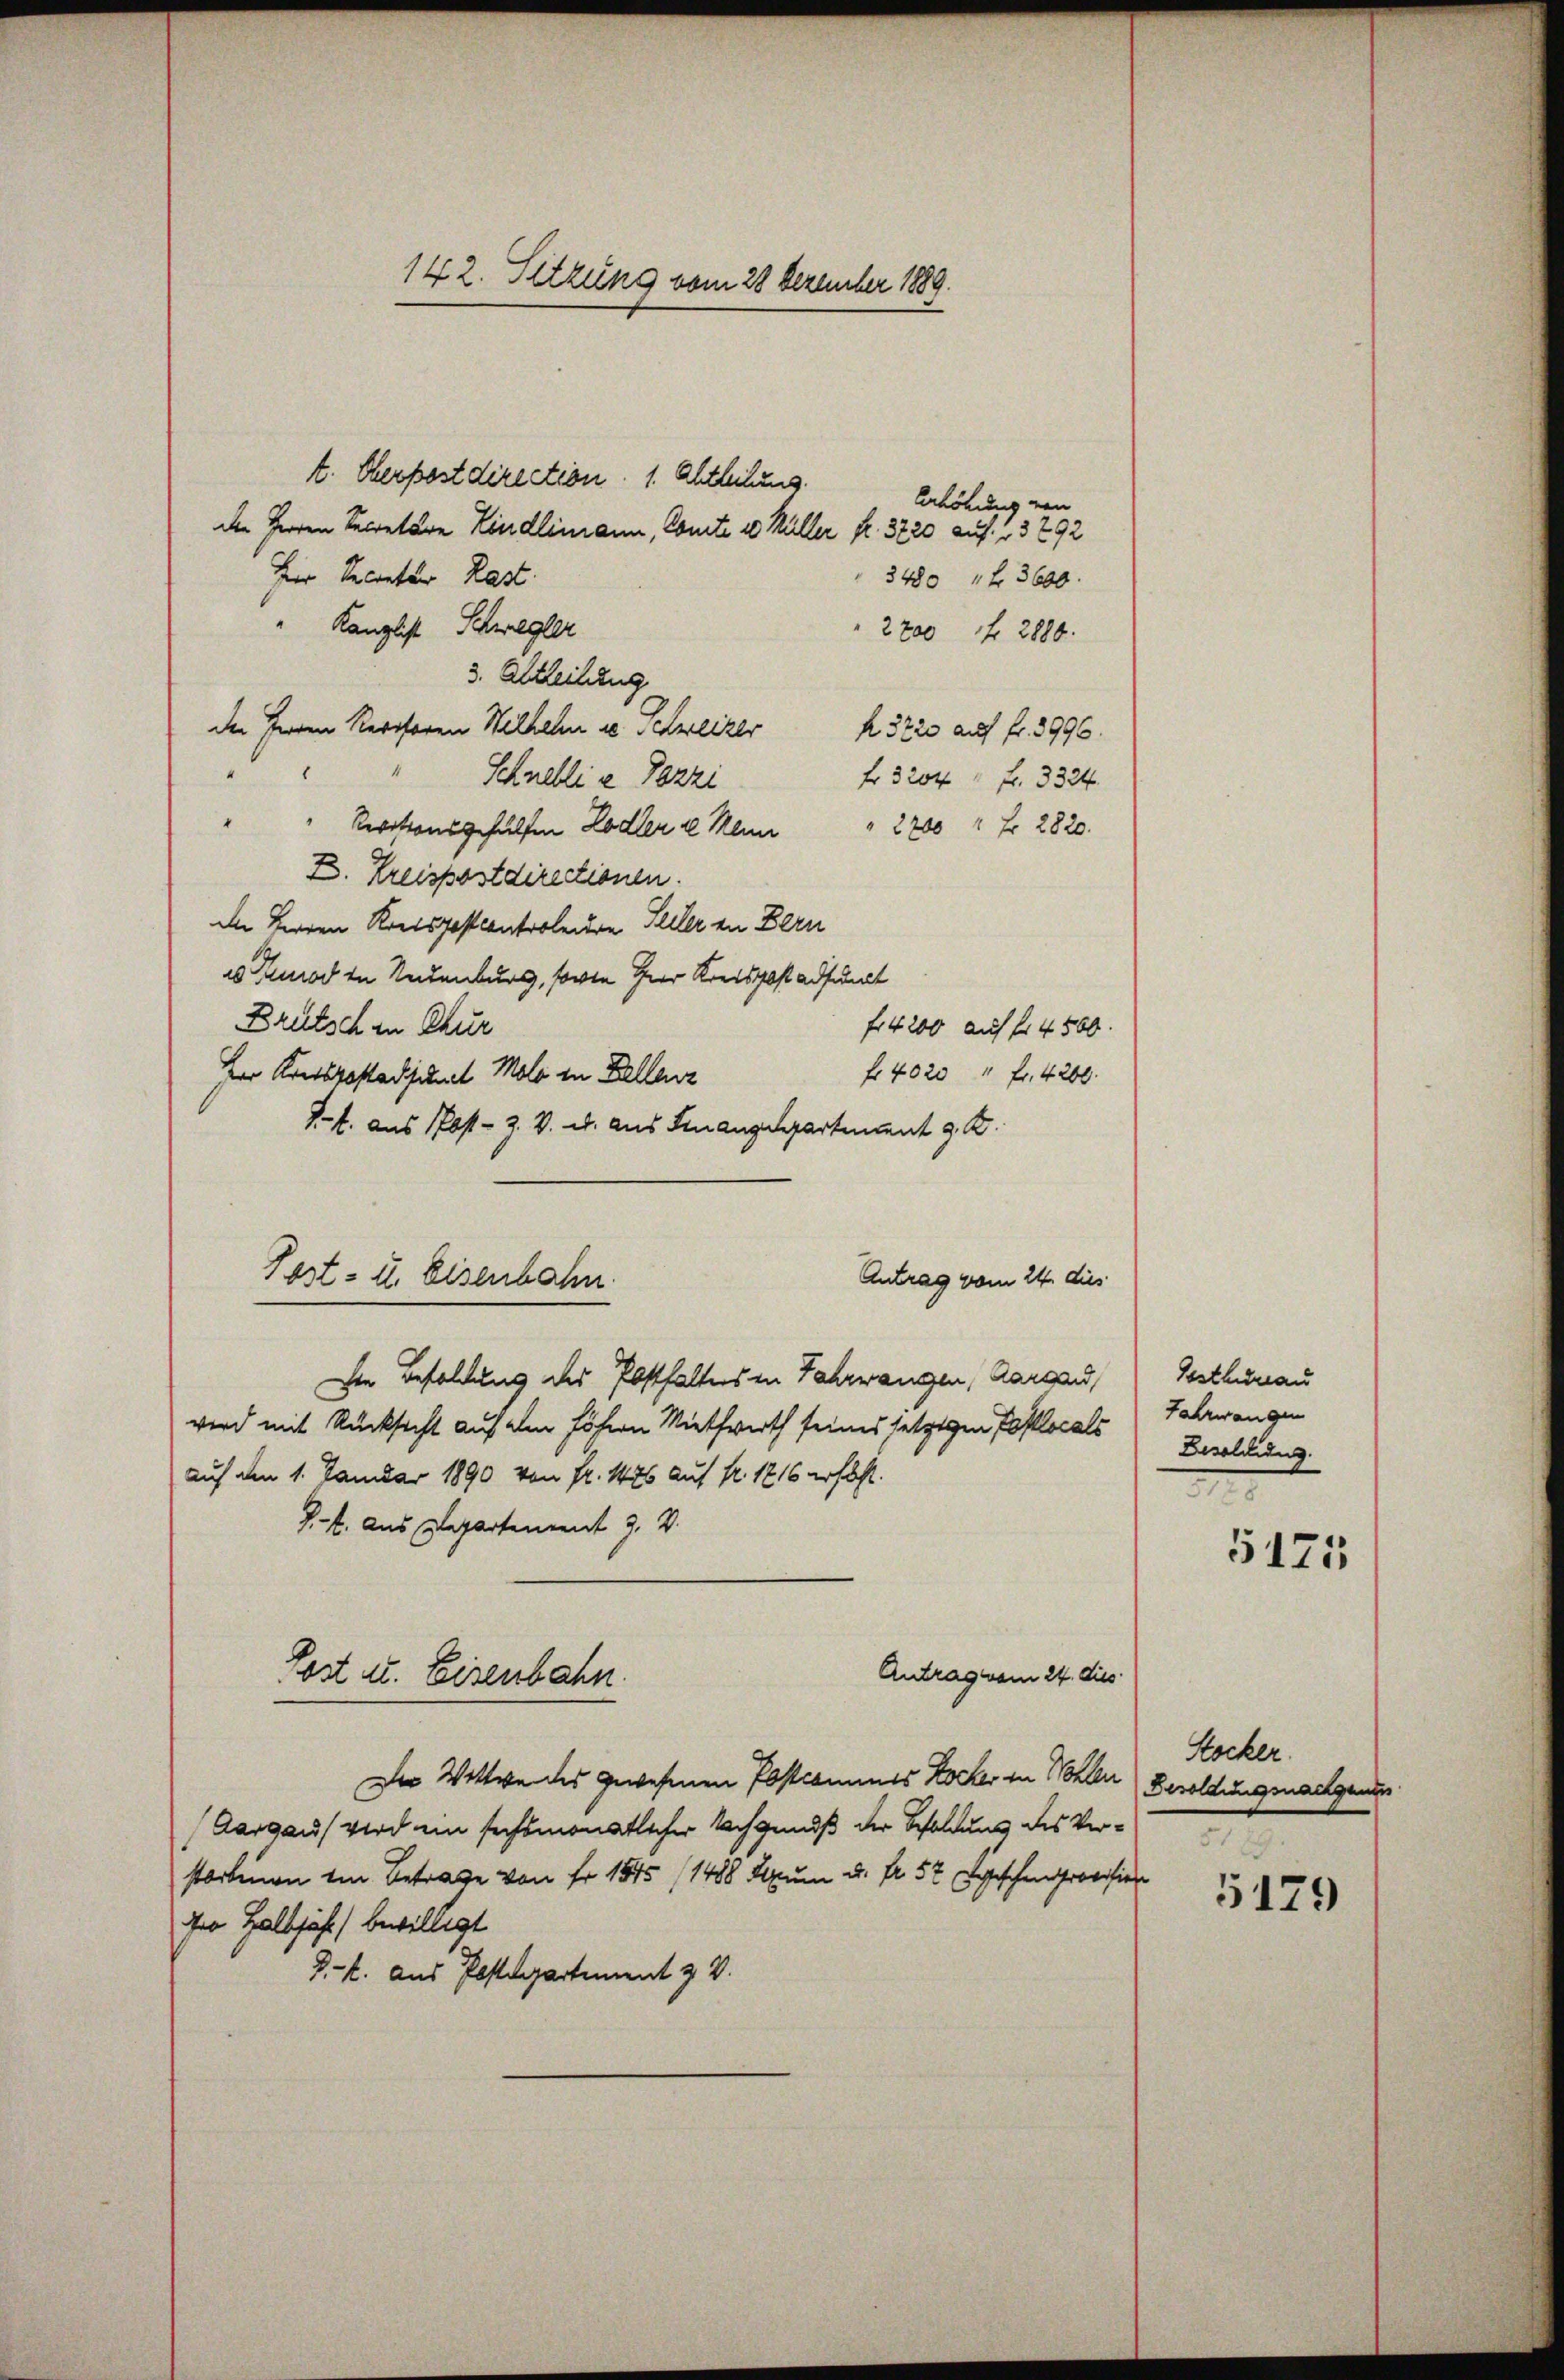
142. Setzung vom 28 Dezember 1889.

t. Derpostdirection. 1. Ahtleihung.
Erhöhung von
den Herren Secretäre Kindlimann, Comite 10 Müller fr. 3720 auf 3 292
Herr Secretar Rast
3480 " 3600.
Kanzlist Schwegler
2700 f 2880.
3. Abtheilung
Der Herrn Rectoren Wilhelm u. Schweizer          3720 auf fr. 3996.
Schnellie Pazzi
fr 3204 " Fr. 3324.
" Revisionsgehülfen Lodler de Mein " 2200 fr 2820.
E. Kreispostdirectionen.
in Herren Kreispost controleure Seller in Bern
v. Kuod in Neuenburg, sowie Herr Kreispost adjunct
Brütsch in Chur
fr 4200 auf fr 4500.
f 40 20 " fr. 4200.
Herr Konspastadjutal Molo in Zellenz
Pf. aus Post- Z. V. u. aus Finanzdepartient z. B.
Antrag vom 24. dies
hie Besoldung des Posthalters in Fahrwangen, Aargau,
wird mit Rücksicht auf den Föhren Miethwerth seines setzigen Postlocals
auf den 1. Januar 1890 von fr. 1426 auf Nr. 1816 erhöht.
J.-V. aus Departement J. V.
Antrag vom 24. dies
Post u. Eisenbahn.
Der Wittwe des gewesenen Postcommes Kocher in Wohlen
(Aargau wird ein sechsmonatlicher Nachgends der Besoldung des Verstorbenen im Betrage von Fr. 1875 (1488 Saum u. fr. 57 geschen Provision
ihre Halbjährt bewilligt
P.-R. aus Postdepartement z. V.

Post- u. Eisenbahn.

Gosthureau
Fahrwangen
Besoldung.
n
5175

Stocker.
Besoldungsnachgendes
E

5179